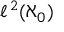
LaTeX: \ell ^ { \, 2 } ( \aleph _ { 0 } )